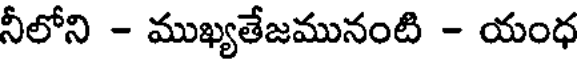
నీలోని - ముఖ్యతేజమునంటి - యంధ